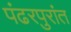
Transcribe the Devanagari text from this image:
पंढरपुरांत